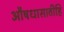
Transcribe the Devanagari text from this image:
औषधासाठीहि